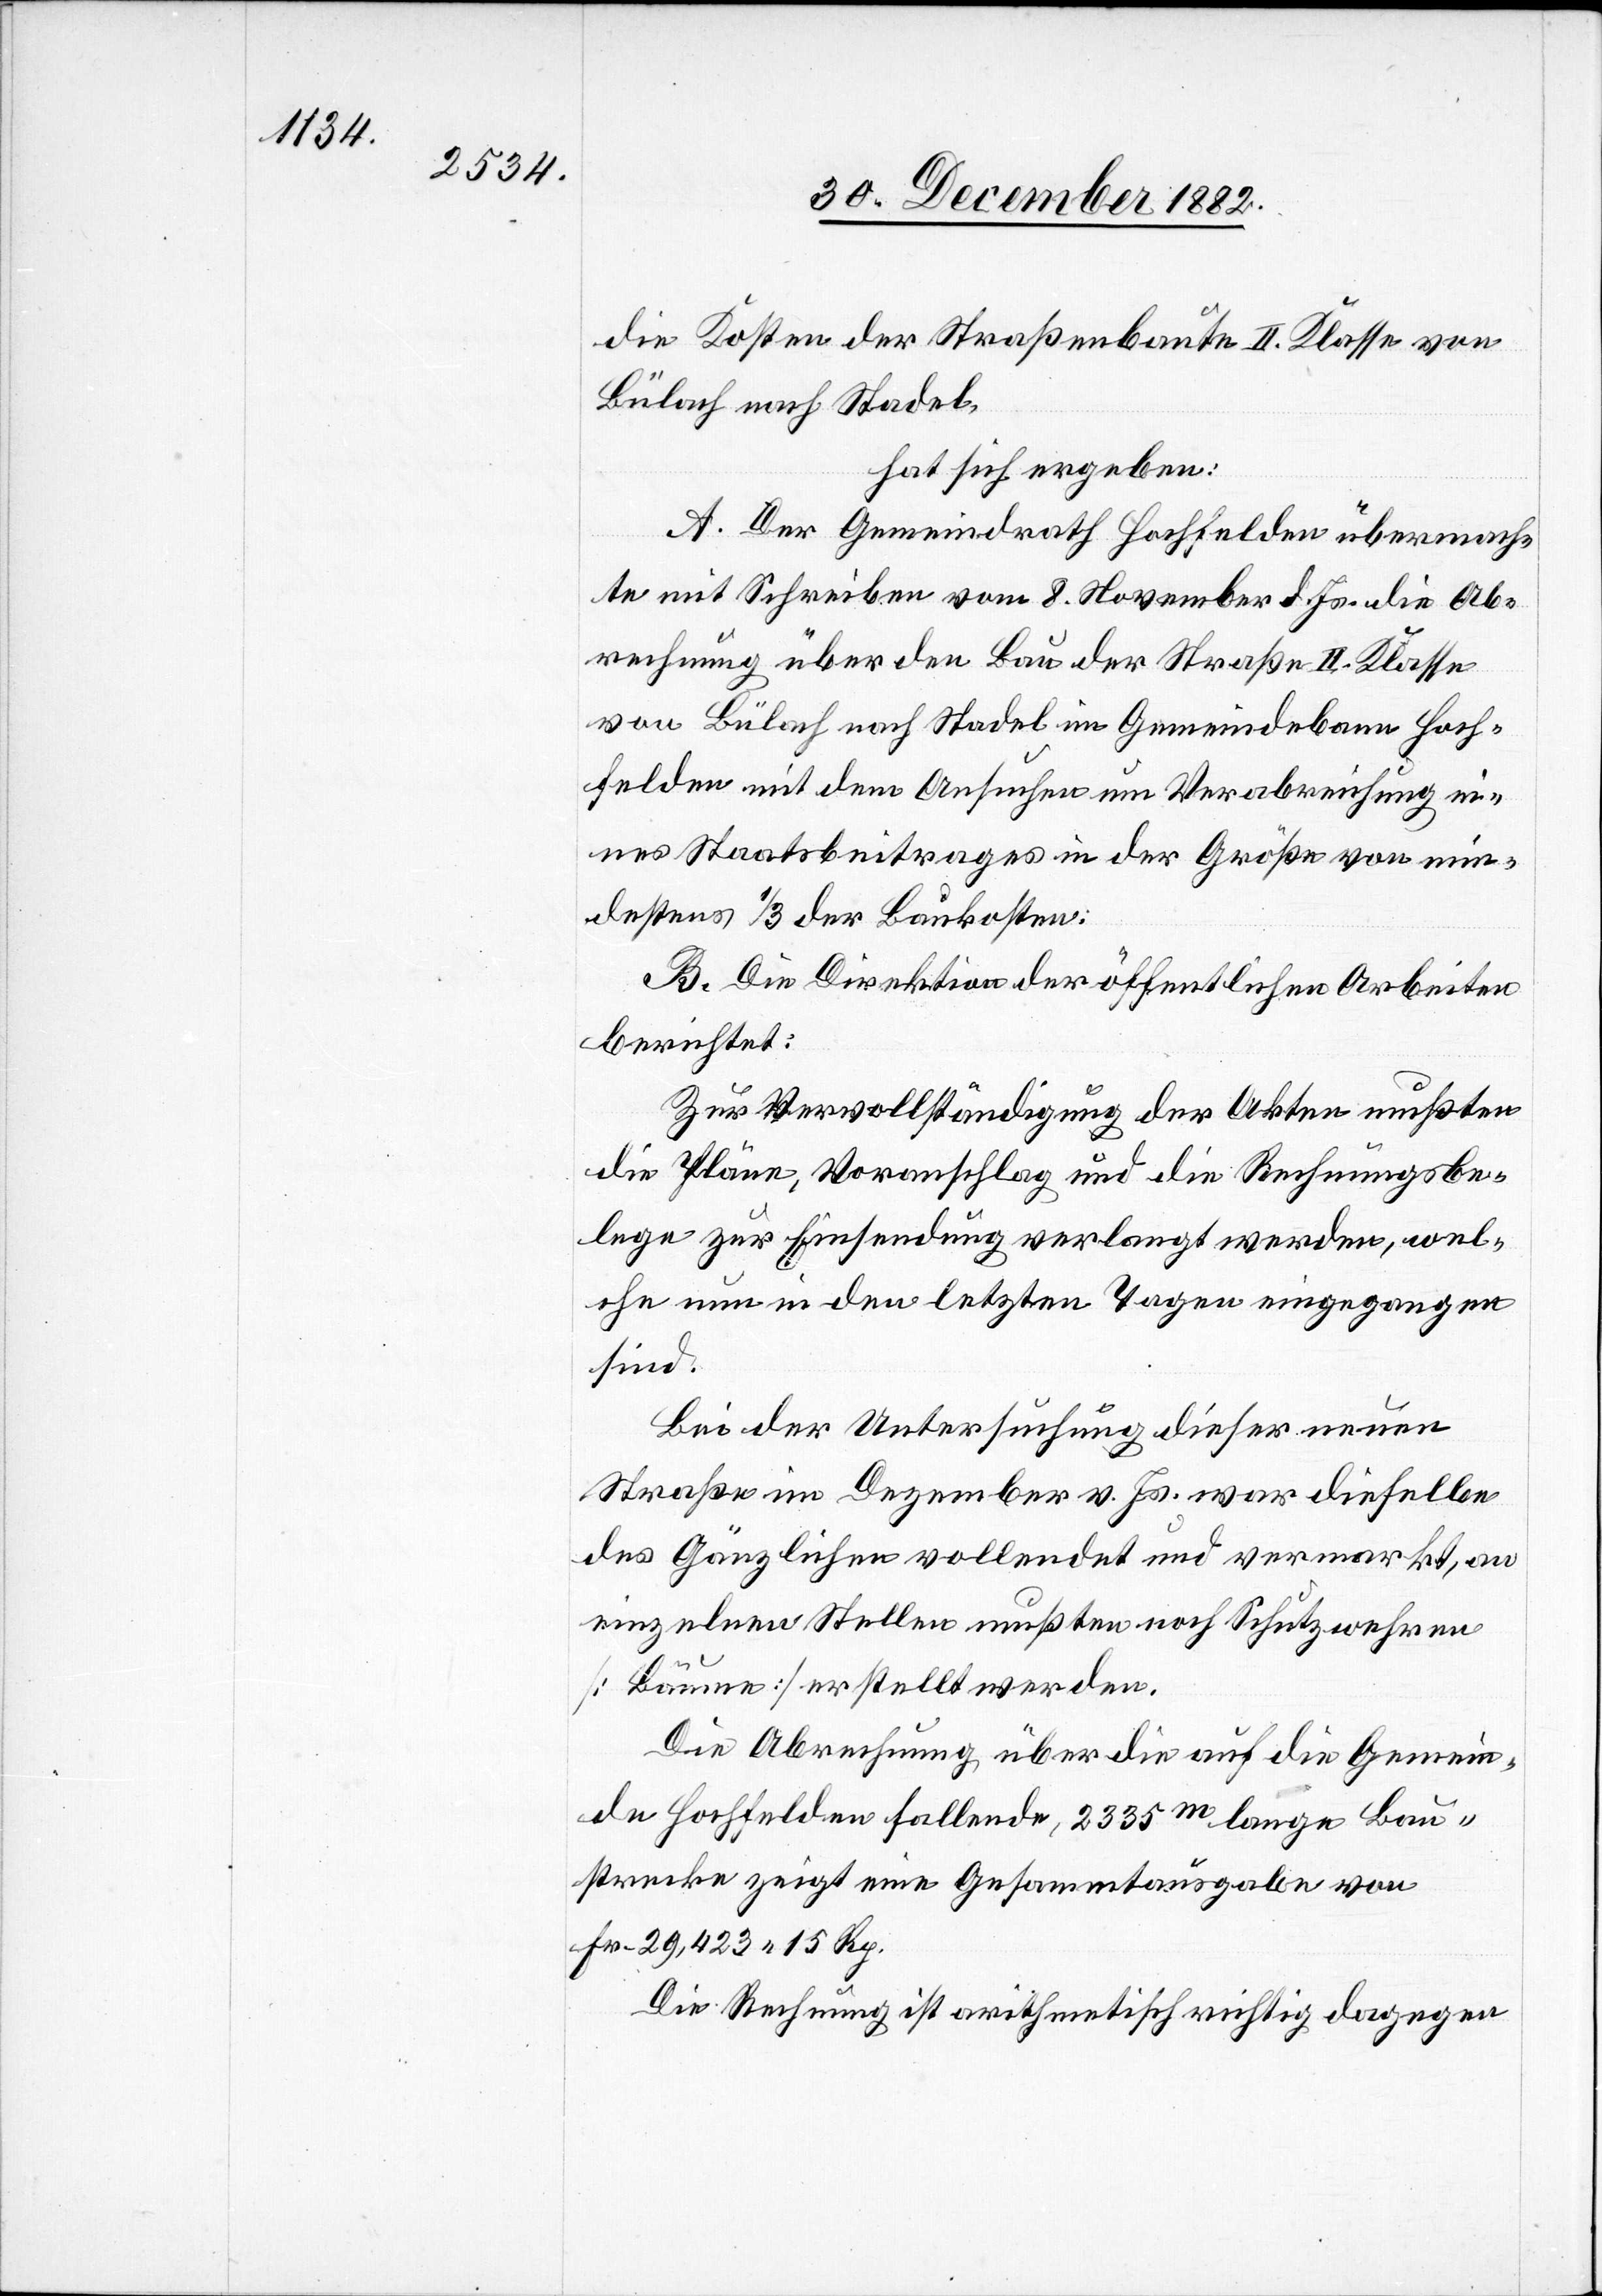
die Kosten der Straßenbaute II. Klasse von
Bülach nach Stadel,
hat sich ergeben:
A. Der Gemeindrath Hochfelden übermach¬
te mit Schreiben vom 8. November d. Js. die Ab¬
rechnung über den Bau der Straße II. Klasse
von Bülach nach Stadel im Gemeindebann Hoch¬
felden mit dem Ansuchen um Verabreichung ei¬
nes Staatsbeitrages in der Größe von min¬
destens 1/3 der Baukosten.
B. Die Direktion der öffentlichen Arbeiten
berichtet:
Zur Vervollständigung der Akten mußten
die Pläne, Voranschlag und die Rechnungsbe¬
lege zur Einsendung verlangt werden, wel¬
che nun in den letzten Tagen eingegangen
sind.
Bei der Untersuchung dieser neuen
Straße im Dezember vor. Js. war dieselbe
des Gänzlichen vollendet und vermarkt, an
einzelnen Stellen mußten noch Schutzwehren
[Bäume] erstellt werden.
Die Abrechnung über die auf die Gemein¬
de Hochfelden fallende, 2335m lange Bau¬
strecke zeigt eine Gesammtausgabe von
Fr. 229,423 15 Rp.
Die Rechnung ist arithmetisch richtig dagegen